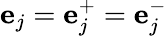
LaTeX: \mathbf{e}_{j}=\mathbf{e}_{j}^{+}=\mathbf{e}_{j}^{-}